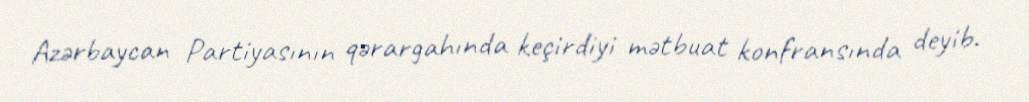
Azərbaycan Partiyasının qərargahında keçirdiyi mətbuat konfransında deyib.